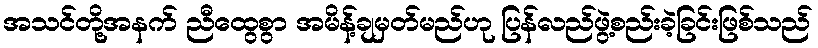
အသင်တို့အနက် ညီထွေစွာ အမိန့်ချမှတ်မည်ဟု ပြန်လည်ဖွဲ့စည်းခဲ့ခြင်းဖြစ်သည်